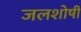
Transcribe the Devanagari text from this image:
जलशोषी